Vaccination in Bombay 1869-1873 - 1869-1873
Year: 1869
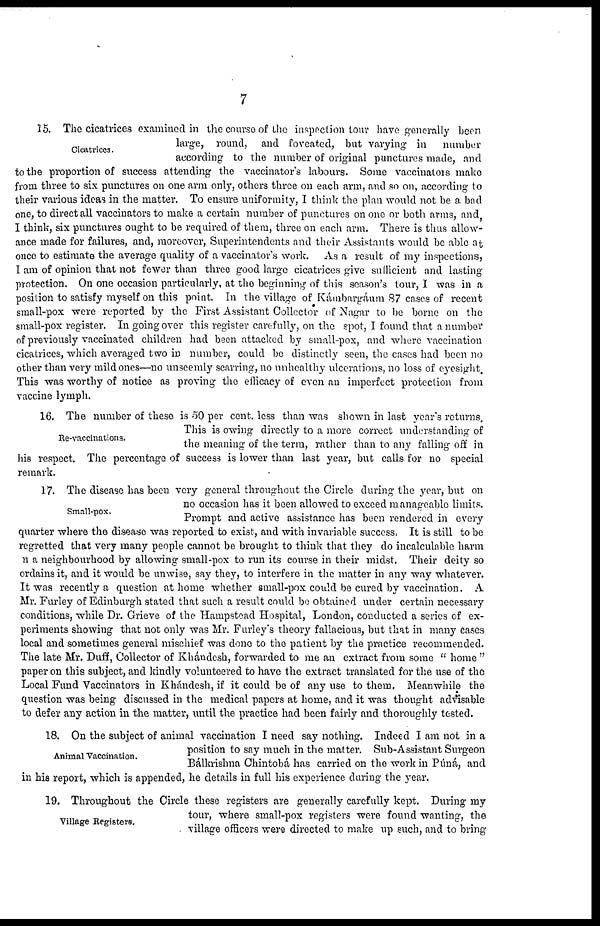
7
Cicatrices.
15. The cicatrices examined in the course- of the inspection tour have generally been
large, round, and foveated, but varying in number
according to the number of original punctures made, and
to the proportion of success attending the vaccinator's labours. Some vaccinators make
from three to six punctures on one arm only, others three on each arm, and so on, according to
their various ideas in the matter. To ensure uniformity, I think the plan would not be a bad
one, to direct all vaccinators to make a certain number of punctures on one or both arms, and,
I think, six punctures ought to be required of them, three on each arm. There is thus allow-
ance made for failures, and, moreover, Superintendents and their Assistants would be able at
once to estimate the average quality of a vaccinator's work. As a result of my inspections,
I am of opinion that not fewer than three good large cicatrices give sufficient and lasting
protection. On one occasion particularly, at the beginning of this season's tour, I was in a
position to satisfy myself on this point. In the village of Kámbargáum 87 cases of recent
small-pox were reported by the First Assistant Collector of Nagar to be borne on the
small-pox register. In going over this register carefully, on the spot, I found that a number
of previously vaccinated children had been attacked by small-pox, and where vaccination
cicatrices, which averaged two in number, could be distinctly seen, the cases had been no
other than very mild ones—no unseemly scarring, no unhealthy ulcerations, no loss of eyesight.
This was worthy of notice as proving the efficacy of even an imperfect protection from
vaccine lymph.
Re-vaccinations.
16. The number of these is 50 per cent. less than was shown in last year's returns.
This is owing directly to a more correct understanding of
the meaning of the term, rather than to any falling off in
his respect. The percentage of success is lower than last year, but calls for no special
remark.
Small-pox.
17. The disease has been very general throughout the Circle during the year, but on
no occasion has it been allowed to exceed manageable limits.
Prompt and active assistance has been rendered in every
quarter where the disease was reported to exist, and with invariable success. It is still to be
regretted that very many people cannot be brought to think that they do incalculable harm
n a neighbourhood by allowing small-pox to run its course in their midst. Their deity so
ordains it, and it would be unwise, say they, to interfere in the matter in any way whatever.
It was recently a question at home whether small-pox could be cured by vaccination. A
Mr. Furley of Edinburgh stated that such a result could be obtained under certain necessary
conditions, while Dr. Grieve of the Hampstead Hospital, London, conducted a series of ex-
periments showing that not only was Mr. Furley's theory fallacious, but that in many cases
local and sometimes general mischief was done to the patient by the practice recommended.
The late Mr. Duff, Collector of Khándesh, forwarded to me an extract from some " home "
paper on this subject, and kindly volunteered to have the extract translated for the use of the
Local Fund Vaccinators in Khándesh, if it could be of any use to them. Meanwhile the
question was being discussed in the medical papers at home, and it was thought advisable
to defer any action in the matter, until the practice had been fairly and thoroughly tested.
Animal Vaccination.
18. On the subject of animal vaccination I need say nothing. Indeed I am not in a
position to say much in the matter. Sub-Assistant Surgeon
Bálkrishna Chintobá has carried on the work in Púná, and
in his report, which is appended, he details in full his experience during the year.
Village Registers.
19. Throughout the Circle these registers are generally carefully kept. During my
tour, where small-pox registers were found wanting, the
village officers were directed to make up such, and to bring